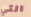
التي